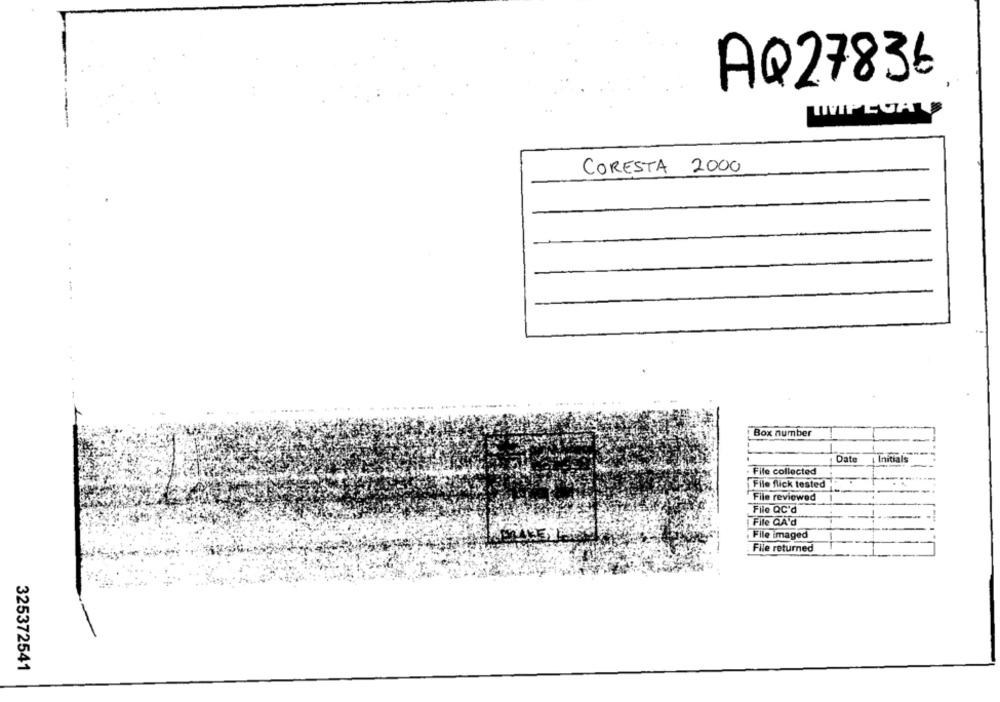
AQ27836
TMVIPEVAS
CORESTA 2000
Box number
Dat
Initials
File collected
File flick tested
File reviewed
File QC'd
File QA'd
. File imaged
File returned
325372541